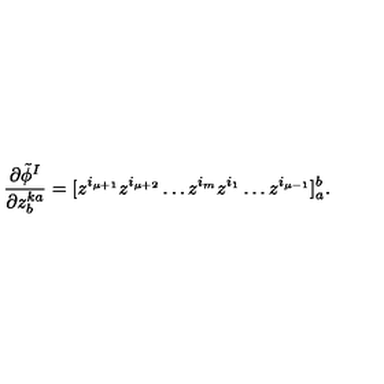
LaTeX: \frac { \partial \tilde { \phi } ^ { I } } { \partial z _ { b } ^ { k a } } = [ z ^ { i _ { \mu + 1 } } z ^ { i _ { \mu + 2 } } \ldots z ^ { i _ { m } } z ^ { i _ { 1 } } \ldots z ^ { i _ { \mu - 1 } } ] _ { a } ^ { b } .